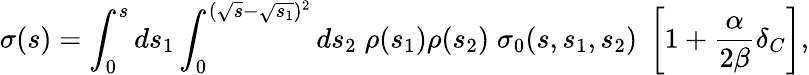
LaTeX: \sigma(s)=\int_{0}^{s}ds_{1}\int_{0}^{(\sqrt{s}-\sqrt{s_{1}})^{2}}ds_{2}\; \rho(s_{1})\rho(s_{2})\; \sigma_{0}(s,s_{1},s_{2})\; \left[1+{\frac{\alpha}{2\beta}}\delta_{C}\right],